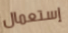
إستعمال